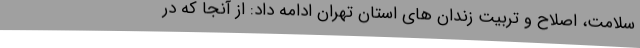
سلامت، اصلاح و تربیت زندان های استان تهران ادامه داد: از آنجا که در